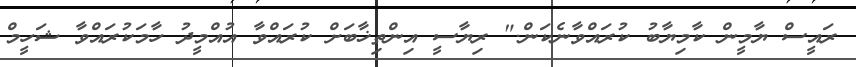
ރައީސް ޔާމީން ކާމިޔާބު ކުރައްވާނެކަން." ރިޔާސީ އިންތިޚާބަށް ކުރައްވާ އުއްމީދު ހާމަކުރައްވާ ޝަހީމް